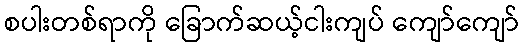
စပါးတစ်ရာကို ခြောက်ဆယ့်ငါးကျပ် ကျော်ကျော်